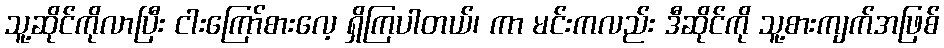
သူ့ဆိုင်ကိုလာပြီး ငါးကြော်စားလေ့ ရှိကြပါတယ်၊ ကာ မင်းကလည်း ဒီဆိုင်ကို သူ့စားကျက်အဖြစ်